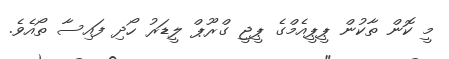
މީ ކޮން ތާކުން ޕީޕީއެމްގެ ޕީޖީ ގްރޫޕް ލީޑަރު ހޯދި ފައިސާ ތޯއެވެ.